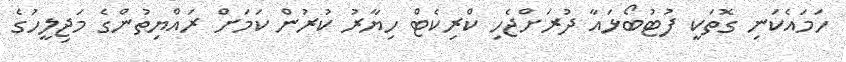
ހަމައެކަނި ގޮތަކީ ފުޓުބޯޅައާ ދުރަށްޖެހި ކްރިކެޓް ހިޔާރު ކުރުން ކަމަށް ރައްޔިތުންގެ މަޖިލީހުގެ